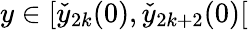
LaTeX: y\in[\check{y}_{2k}(0),\check{y}_{2k+2}(0)[